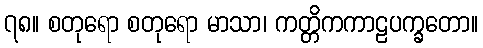
၇၈။ စတုရော စတုရော မာသာ၊ ကတ္တိကကာဠပက္ခတော။